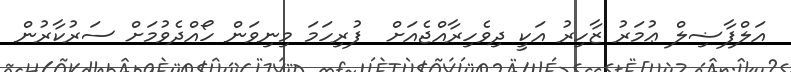
އަލްފާޟިލް ޢުމަރު ޒާހިރު އަކީ ދިވެހިރާއްޖެއަށް  ފުރިހަމަ މިނިވަން ހޯއްދެވުމަށް ސަރުކާރުން